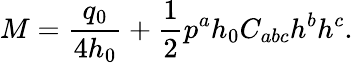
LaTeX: M={\frac{q_{0}}{4h_{0}}}+{\frac{1}{2}}p^{a}h_{0}C_{abc}h^{b}h^{c}.